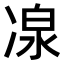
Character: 𠗯